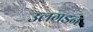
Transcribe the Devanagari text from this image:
उलगडन